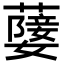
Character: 𦽚